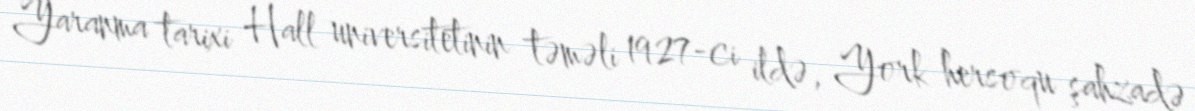
Yaranma tarixi Hall universitetinin təməli 1927-ci ildə, York hersoqu şahzadə